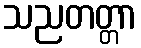
သညတတ္တာ